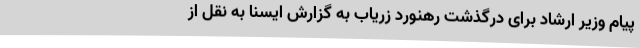
پیام وزیر ارشاد برای درگذشت رهنورد زریاب به گزارش ایسنا به نقل از